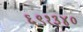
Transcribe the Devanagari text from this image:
६९१३४०